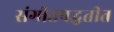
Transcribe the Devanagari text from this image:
संगीतपद्धतीत